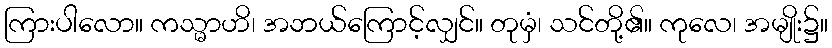
ကြားပါလော။ ကသ္မာဟိ၊ အဘယ်ကြောင့်လျှင်။ တုမှံ၊ သင်တို့၏။ ကုလေ၊ အမျိုး၌။